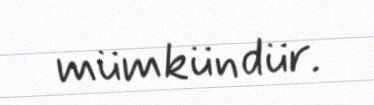
mümkündür.